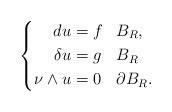
LaTeX: \begin{align*}\left\lbrace \begin{aligned}du &= f && B_{R}, \\\delta u &=g && B_{R} \\\nu \wedge u &= 0 && \partial B_{R}. \end{aligned}\right. \end{align*}